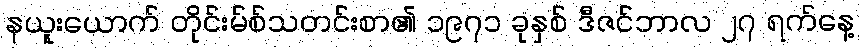
နယူးယောက် တိုင်းမ်စ်သတင်းစာ၏ ၁၉၇၁ ခုနှစ် ဒီဇင်ဘာလ ၂၇ ရက်နေ့